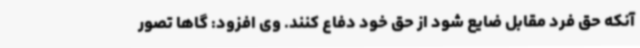
آنکه حق فرد مقابل ضایع شود از حق خود دفاع کنند. وی افزود: گاها تصور